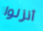
أنزلوا